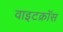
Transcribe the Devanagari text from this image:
वाइटक्रॉस